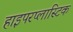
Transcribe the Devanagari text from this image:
हाइपरप्लास्टिक